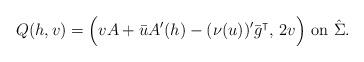
LaTeX: \begin{align*}Q(h, v) = \Big( v A + \bar u A' (h) - (\nu(u))' \bar g^\intercal, \, 2v\Big)\mbox{ on } \hat \Sigma. \end{align*}